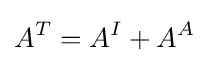
A^{T}=A^{I}+A^{A}